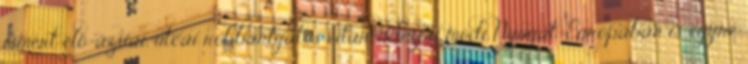
ismert elő-ázsiai, utcai robbantgatós vitarendezési módi Nyugat-Európában is egyre